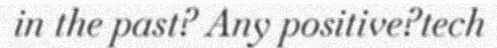
in the past? Any positive?tech